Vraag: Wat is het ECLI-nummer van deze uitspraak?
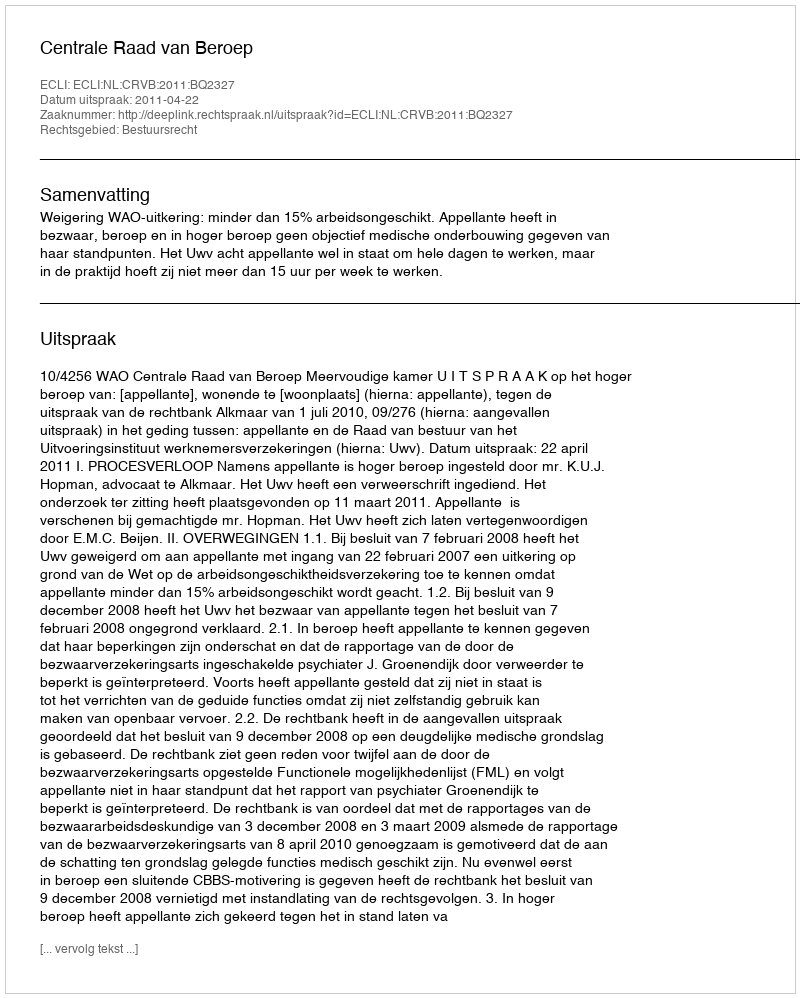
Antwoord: ECLI:NL:CRVB:2011:BQ2327